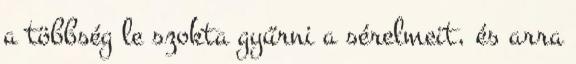
a többség le szokta gyűrni a sérelmeit, és arra